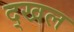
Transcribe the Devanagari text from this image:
द्खल